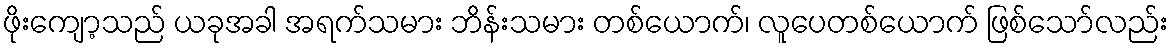
ဖိုးကျော့သည် ယခုအခါ အရက်သမား ဘိန်းသမား တစ်ယောက်၊ လူပေတစ်ယောက် ဖြစ်သော်လည်း